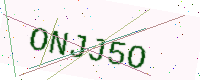
Text: ONJJ5O